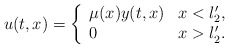
\begin{align*}u(t,x)=\left\{ \begin{array}{ll}\mu(x) y(t,x)& x<l_2',\\0& x>l_2'.\end{array}\right. \end{align*}